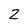
Character: Z